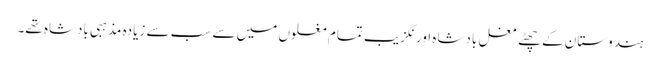
ہندوستان کے چھٹے مغل بادشاہ اورنگزیب تمام مغلوں میں سے سب سے زیادہ مذہبی بادشاہ تھے۔